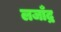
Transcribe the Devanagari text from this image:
लजाँद्र